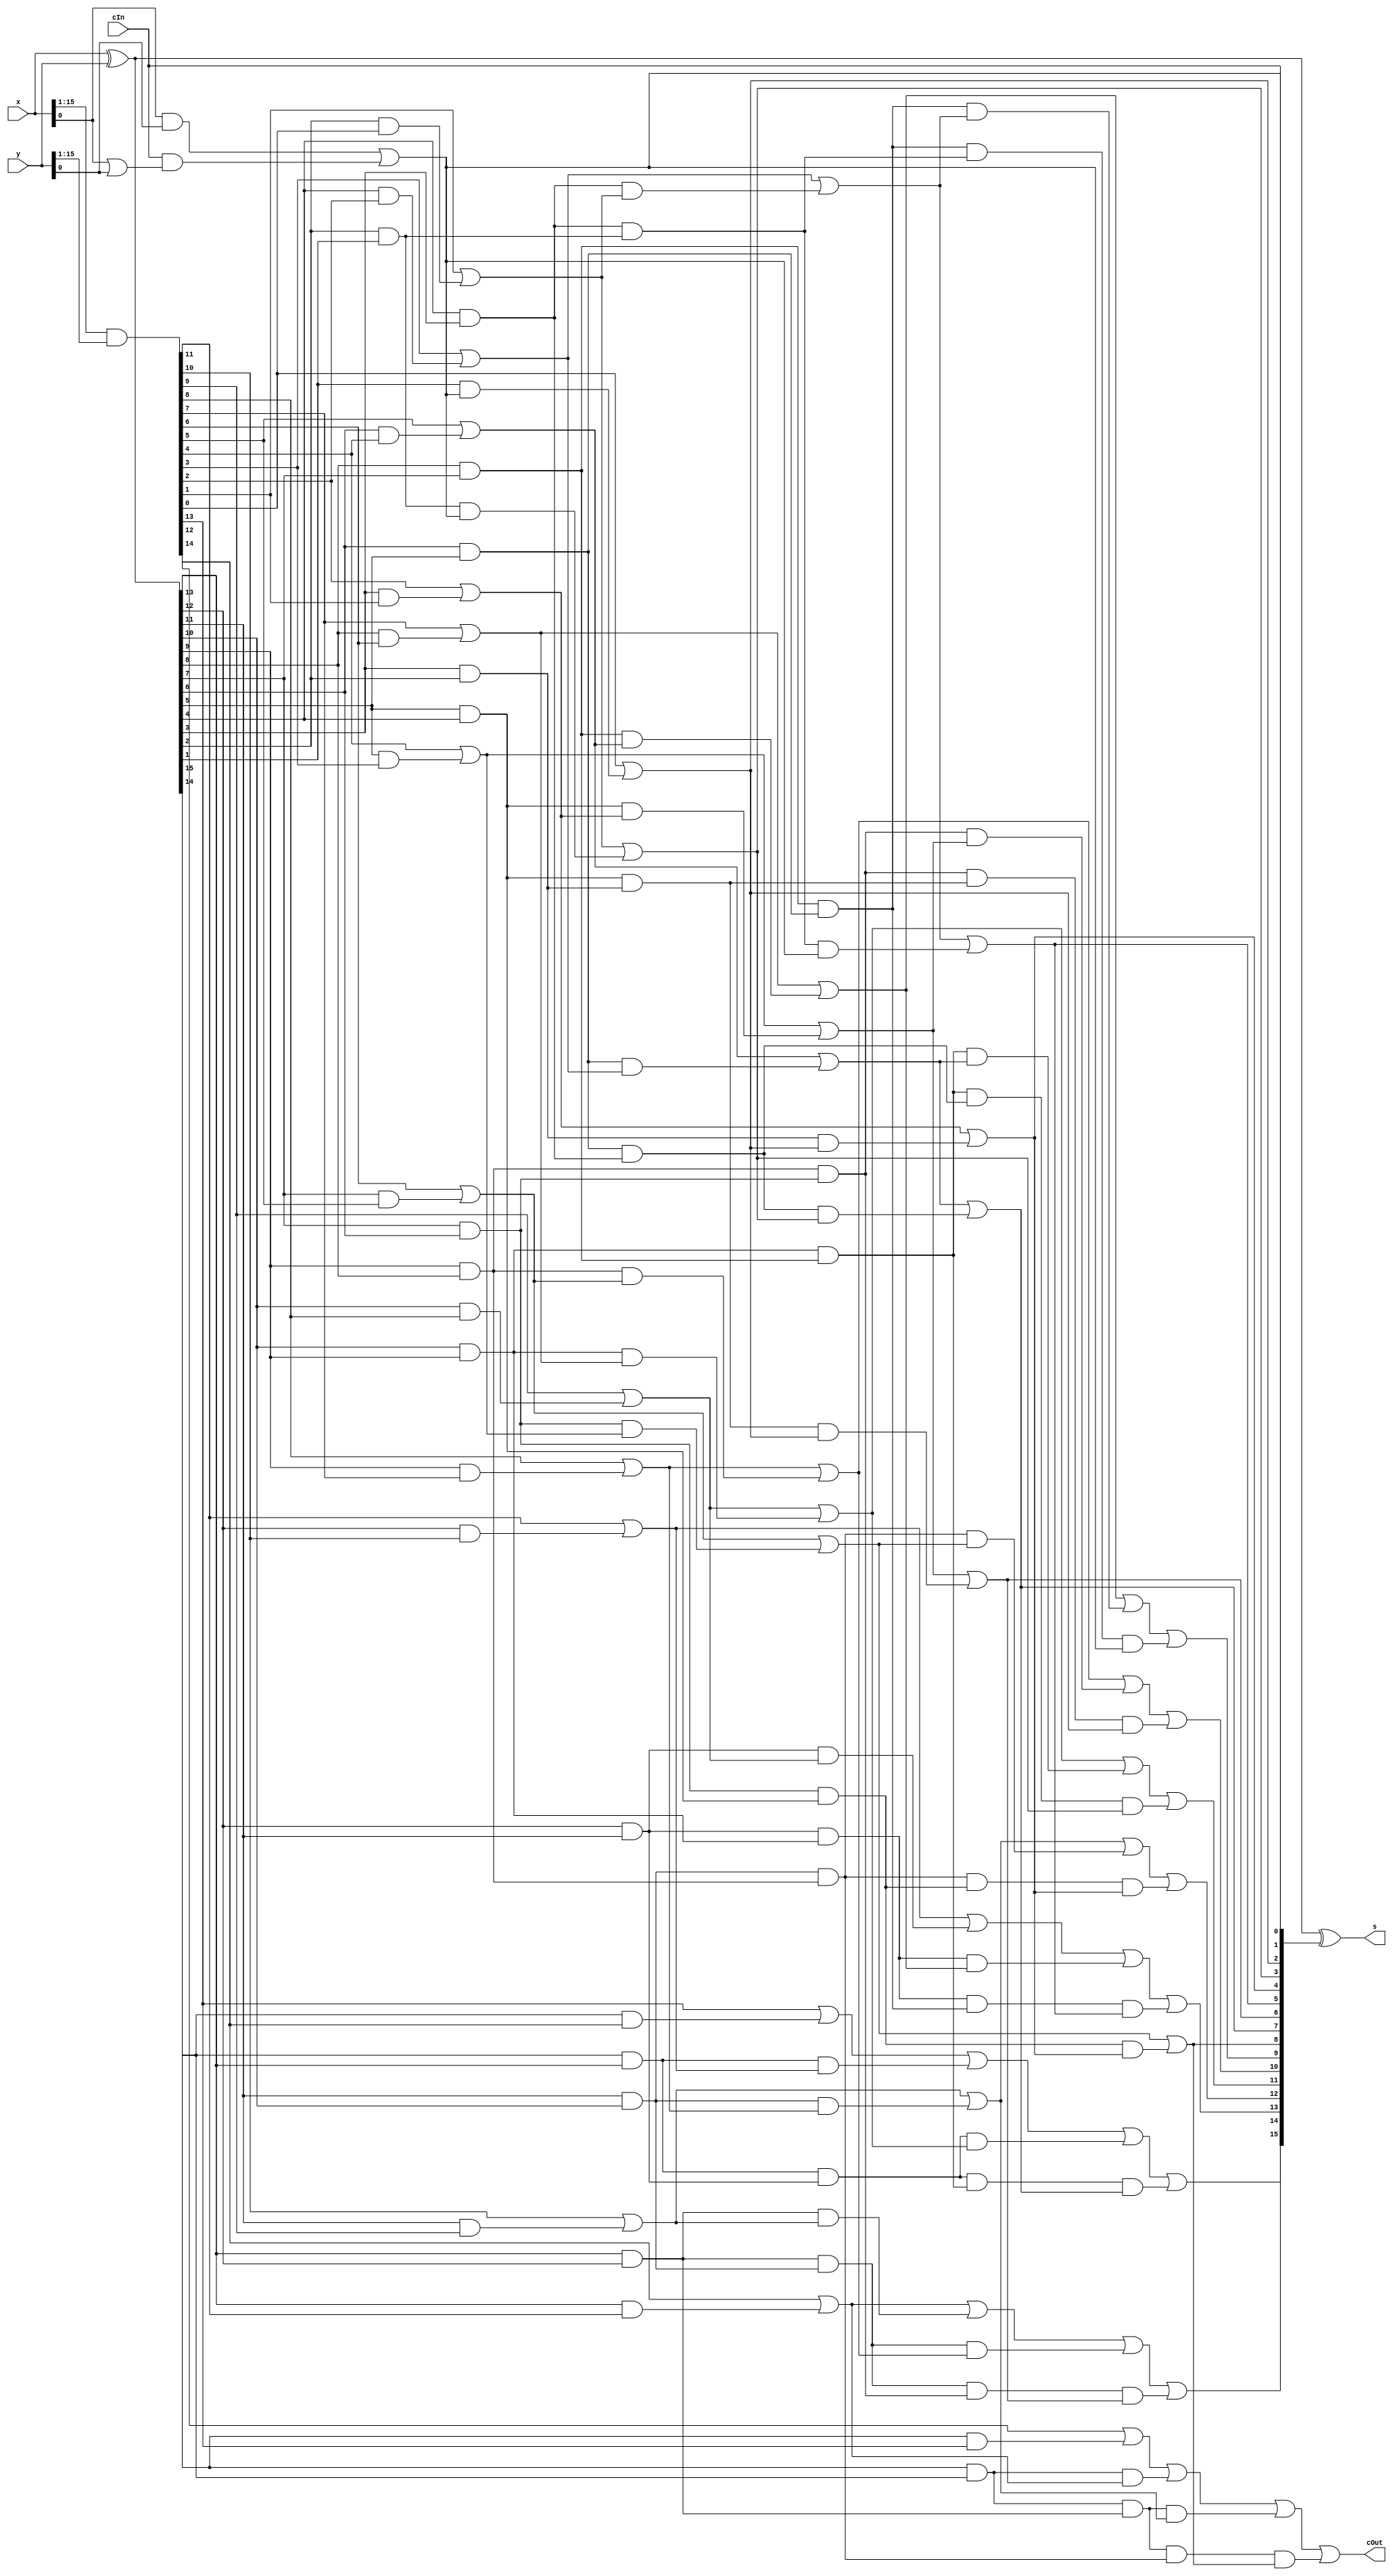
module Prefix_Add16(x, y, cIn, s, cOut);

	input [15:0] x, y;
	input cIn;

	output [15:0] s;
	output cOut;

	wire [15:0] g0, p0, g1, p1, g2, p2, g3, p3, g4, p4;
	wire [16:0] c;

	assign g0[15:1] = x[15:1]&y[15:1];
	assign p0[15:0] = x^y;
	assign c[0] = cIn;
	assign g0[0] = x[0]&y[0] | c[0]&(x[0] | y[0]);



	assign g1[15] = g0[15] | p0[15]&g0[14], g1[14] = g0[14] | p0[14]&g0[13], g1[13] = g0[13] | p0[13]&g0[12], g1[12] = g0[12] | p0[12]&g0[11], g1[11] = g0[11] | p0[11]&g0[10], g1[10] = g0[10] | p0[10]&g0[9], g1[9] = g0[9] | p0[9]&g0[8], g1[8] = g0[8] | p0[8]&g0[7], g1[7] = g0[7] | p0[7]&g0[6], g1[6] = g0[6] | p0[6]&g0[5], g1[5] = g0[5] | p0[5]&g0[4], g1[4] = g0[4] | p0[4]&g0[3], g1[3] = g0[3] | p0[3]&g0[2], g1[2] = g0[2] | p0[2]&g0[1], g1[1] = g0[1] | p0[1]&g0[0], g1[0] = g0[0];
	assign p1[15] = p0[15]&p0[14], p1[14] = p0[14]&p0[13], p1[13] = p0[13]&p0[12], p1[12] = p0[12]&p0[11], p1[11] = p0[11]&p0[10], p1[10] = p0[10]&p0[9], p1[9] = p0[9]&p0[8], p1[8] = p0[8]&p0[7], p1[7] = p0[7]&p0[6], p1[6] = p0[6]&p0[5], p1[5] = p0[5]&p0[4], p1[4] = p0[4]&p0[3], p1[3] = p0[3]&p0[2], p1[2] = p0[2]&p0[1], p1[1] = p0[1]&p0[0], p1[0] = p0[0];

	assign g2[15] = g1[15] | p1[15]&g1[13], g2[14] = g1[14] | p1[14]&g1[12], g2[13] = g1[13] | p1[13]&g1[11], g2[12] = g1[12] | p1[12]&g1[10], g2[11] = g1[11] | p1[11]&g1[9], g2[10] = g1[10] | p1[10]&g1[8], g2[9] = g1[9] | p1[9]&g1[7], g2[8] = g1[8] | p1[8]&g1[6], g2[7] = g1[7] | p1[7]&g1[5], g2[6] = g1[6] | p1[6]&g1[4], g2[5] = g1[5] | p1[5]&g1[3], g2[4] = g1[4] | p1[4]&g1[2], g2[3] = g1[3] | p1[3]&g1[1], g2[2] = g1[2] | p1[2]&g1[0], g2[1] = g1[1], g2[0] = g1[0];
	assign p2[15] = p1[15]&p1[13], p2[14] = p1[14]&p1[12], p2[13] = p1[13]&p1[11], p2[12] = p1[12]&p1[10], p2[11] = p1[11]&p1[9], p2[10] = p1[10]&p1[8], p2[9] = p1[9]&p1[7], p2[8] = p1[8]&p1[6], p2[7] = p1[7]&p1[5], p2[6] = p1[6]&p1[4], p2[5] = p1[5]&p1[3], p2[4] = p1[4]&p1[2], p2[3] = p1[3]&p1[1], p2[2] = p1[2]&p1[0], p2[1] = p1[1], p2[0] = p1[0];

	assign g3[15] = g2[15] | p2[15]&g2[11], g3[14] = g2[14] | p2[14]&g2[10], g3[13] = g2[13] | p2[13]&g2[9], g3[12] = g2[12] | p2[12]&g2[8], g3[11] = g2[11] | p2[11]&g2[7], g3[10] = g2[10] | p2[10]&g2[6], g3[9] = g2[9] | p2[9]&g2[5], g3[8] = g2[8] | p2[8]&g2[4], g3[7] = g2[7] | p2[7]&g2[3], g3[6] = g2[6] | p2[6]&g2[2], g3[5] = g2[5] | p2[5]&g2[1], g3[4] = g2[4] | p2[4]&g2[0], g3[3] = g2[3], g3[2] = g2[2], g3[1] = g2[1], g3[0] = g2[0];
	assign p3[15] = p2[15]&p2[11], p3[14] = p2[14]&p2[10], p3[13] = p2[13]&p2[9], p3[12] = p2[12]&p2[8], p3[11] = p2[11]&p2[7], p3[10] = p2[10]&p2[6], p3[9] = p2[9]&p2[5], p3[8] = p2[8]&p2[4], p3[7] = p2[7]&p2[3], p3[6] = p2[6]&p2[2], p3[5] = p2[5]&p2[1], p3[4] = p2[4]&p2[0], p3[3] = p2[3], p3[2] = p2[2], p3[1] = p2[1], p3[0] = p2[0];

	assign g4[15] = g3[15] | p3[15]&g3[7], g4[14] = g3[14] | p3[14]&g3[6], g4[13] = g3[13] | p3[13]&g3[5], g4[12] = g3[12] | p3[12]&g3[4], g4[11] = g3[11] | p3[11]&g3[3], g4[10] = g3[10] | p3[10]&g3[2], g4[9] = g3[9] | p3[9]&g3[1], g4[8] = g3[8] | p3[8]&g3[0], g4[7] = g3[7], g4[6] = g3[6], g4[5] = g3[5], g4[4] = g3[4], g4[3] = g3[3], g4[2] = g3[2], g4[1] = g3[1], g4[0] = g3[0];
	assign p4[15] = p3[15]&p3[7], p4[14] = p3[14]&p3[6], p4[13] = p3[13]&p3[5], p4[12] = p3[12]&p3[4], p4[11] = p3[11]&p3[3], p4[10] = p3[10]&p3[2], p4[9] = p3[9]&p3[1], p4[8] = p3[8]&p3[0], p4[7] = p3[7], p4[6] = p3[6], p4[5] = p3[5], p4[4] = p3[4], p4[3] = p3[3], p4[2] = p3[2], p4[1] = p3[1], p4[0] = p3[0];



	assign c[16:1] = g4[15:0];
	assign s = p0^c[15:0];
	assign cOut = c[16];

endmodule